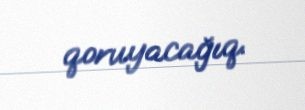
qoruyacağıq.